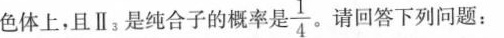
色体上，且Ⅱs是纯合子的概率是 \frac{1}{4} 。请回答下列问题：